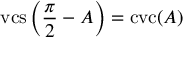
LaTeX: \operatorname { v c s } \left( { \frac { \pi } { 2 } } - A \right) = \operatorname { c v c } ( A )